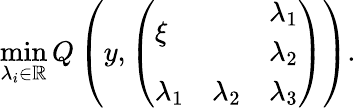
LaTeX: \operatorname*{min}_{\lambda_{i}\in\mathbb{R}}Q\left(y,\left(\begin{array}{ll}{\begin{array}{l}{\xi}\end{array}}&{\begin{array}{l}{\lambda_{1}}\\ {\lambda_{2}}\end{array}}\\ {\begin{array}{ll}{\lambda_{1}}&{\lambda_{2}}\end{array}}&{\lambda_{3}}\end{array}\right)\right).